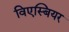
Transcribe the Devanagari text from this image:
विएस्बियर